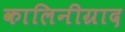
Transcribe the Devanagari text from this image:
कालिनीग्राद